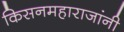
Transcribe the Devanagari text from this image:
किसनमहाराजांनी